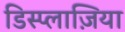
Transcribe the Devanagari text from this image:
डिस्प्लाज़िया